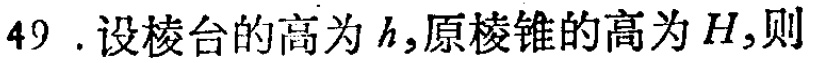
49. 设棱台的高为\(h\)，原棱锥的高为\(H\)，则